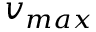
v _ { m a x }